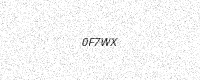
Text: 0F7WX